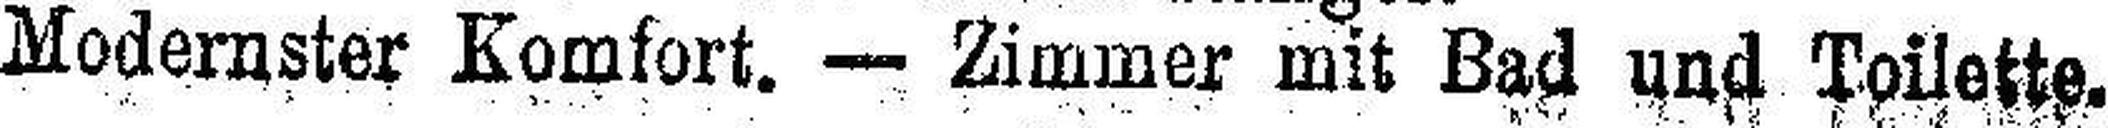
Modernster Komfort. — Zimmer mit Bad und Toilette.